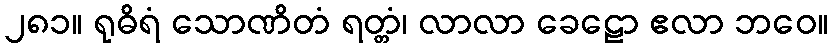
၂၈၁။ ရုဓိရံ သောဏိတံ ရတ္တံ၊ လာလာ ခေဠော ဧလာ ဘဝေ။